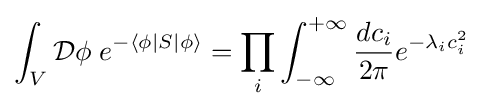
\int _{V}{\mathcal {D}}\phi \;e^{-\langle \phi |S|\phi \rangle }=\prod _{i}\int _{-\infty }^{+\infty }{\frac {dc_{i}}{2\pi }}e^{-\lambda _{i}c_{i}^{2}}